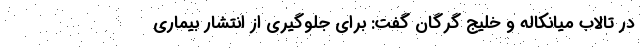
در تالاب میانکاله و خلیج گرگان گفت: برای جلوگیری از انتشار بیماری